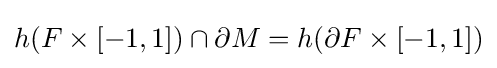
h(F\times [-1,1])\cap \partial M=h(\partial F\times [-1,1])